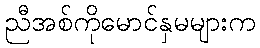
ညီအစ်ကိုမောင်နှမများက